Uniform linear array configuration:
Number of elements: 4
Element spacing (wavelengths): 0.25
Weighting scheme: binomial
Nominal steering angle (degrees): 60
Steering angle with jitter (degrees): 60.8
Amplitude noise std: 0.05
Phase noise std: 0.05

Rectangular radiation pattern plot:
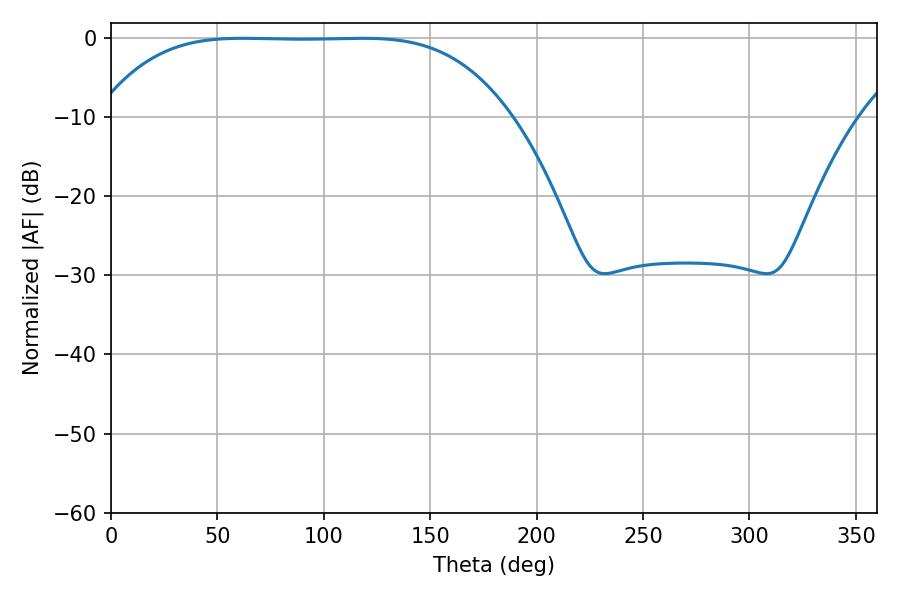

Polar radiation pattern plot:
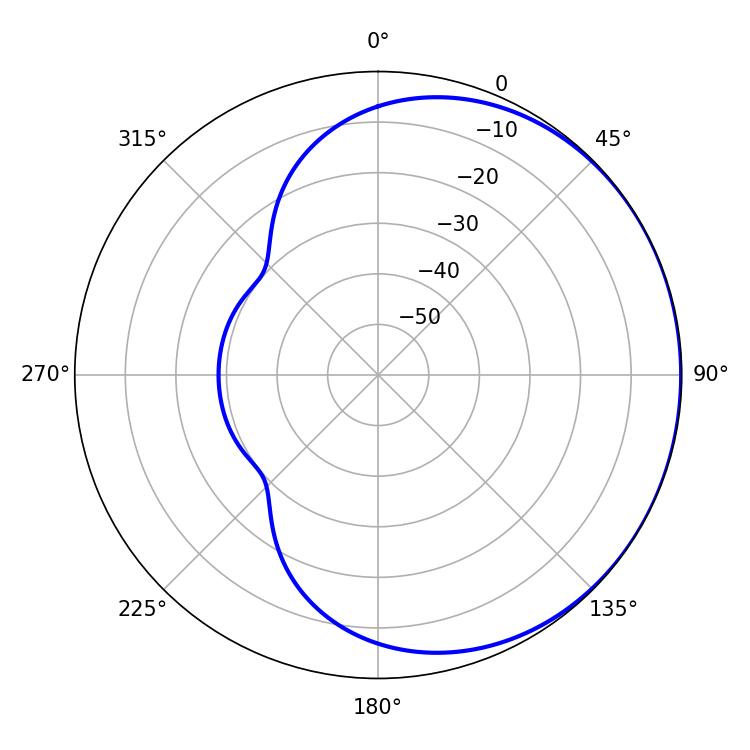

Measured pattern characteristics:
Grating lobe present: FALSE
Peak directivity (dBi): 0.4383
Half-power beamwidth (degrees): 146.88
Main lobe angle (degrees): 61.92